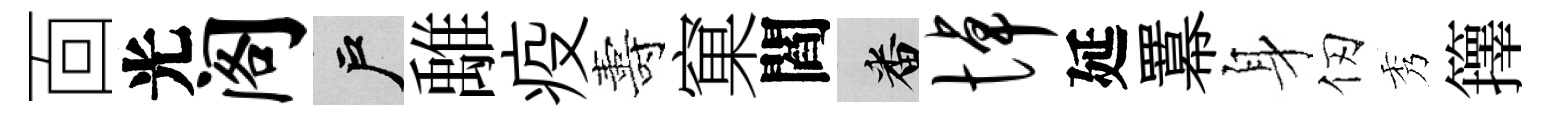
靣光阁户𩀌疫夀窠閻番悼延羃身仞秀籜